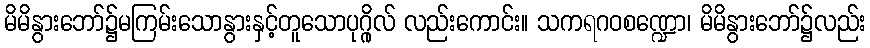
မိမိနွားဘော်၌မကြမ်းသောနွားနှင့်တူသောပုဂ္ဂိုလ် လည်းကောင်း။ သကရဂဝစဏ္ဍော၊ မိမိနွားဘော်၌လည်း